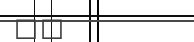
٧٠